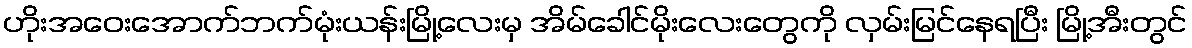
ဟိုးအဝေးအောက်ဘက်မုံးယန်းမြို့လေးမှ အိမ်ခေါင်မိုးလေးတွေကို လှမ်းမြင်နေရပြီး မြို့အီးတွင်